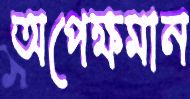
অপেক্ষমান